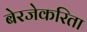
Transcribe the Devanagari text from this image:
बेरजेकरिता